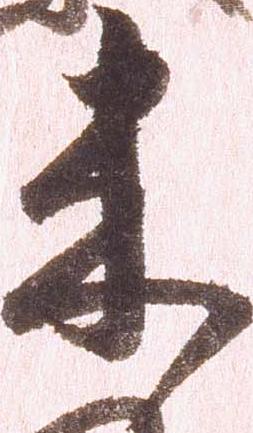
来